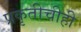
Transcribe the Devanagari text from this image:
प्रकृतीचीही